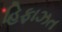
હિફાઝત